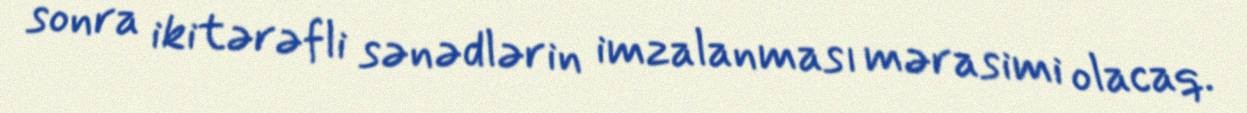
sonra ikitərəfli sənədlərin imzalanması mərasimi olacaq.